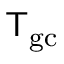
{ \sf T } _ { \mathrm { g c } }